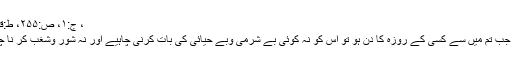
، ج:۱، ص:۲۵۵، ط:قدیمی)
’’ اور جب تم میں سے کسی کے روزہ کا دن ہو تو اس کو نہ کوئی بے شرمی وبے حیائی کی بات کرنی چاہیے اور نہ شور وشغب کر نا چاہیے۔